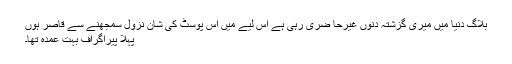
بلاگ دنيا ميں ميری گزشتہ دنوں غيرحا ضری رہی ہے اس ليے ميں اس پوسٹ کی شان نزول سمجھنے سے قاصر ہوں
پہلا پیراگراف بہت عمدہ تھا۔